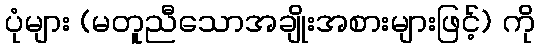
ပုံများ (မတူညီသောအချိုးအစားများဖြင့်) ကို